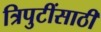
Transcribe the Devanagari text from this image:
त्रिपुटींसाठी